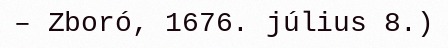
– Zboró, 1676. július 8.)